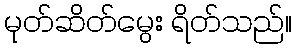
မုတ်ဆိတ်မွေး ရိတ်သည်။